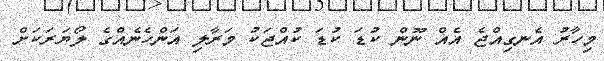
މިހާރު އެނގިއްޖެ އެއްް ނޫން ކުޑަ ކުޑަ ކުއްޖަކު މަރާލި އަންހެނެއްގެ ލޯޔަރަކަށް